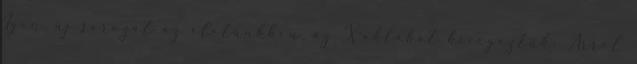
Igen, új sorozat az életünkben, az X-aktákat kivégeztük. Arról